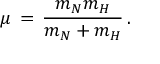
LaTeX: \mu \, = \, \frac { m _ { N } m _ { H } } { m _ { N } + m _ { H } } \, .